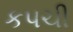
કપચી